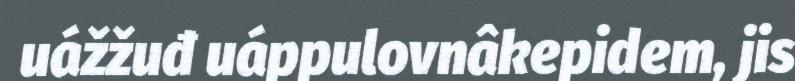
uážžuđ uáppulovnâkepidem, jis